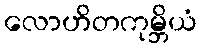
လောဟိတကုမ္ဘိယံ